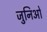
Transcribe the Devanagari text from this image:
जुनिओ